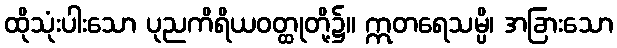
ထိုသုံးပါးသော ပုညကိရိယဝတ္ထုတို့၌။ ဣတရေသမ္ပိ၊ အခြားသော